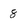
Character: 8